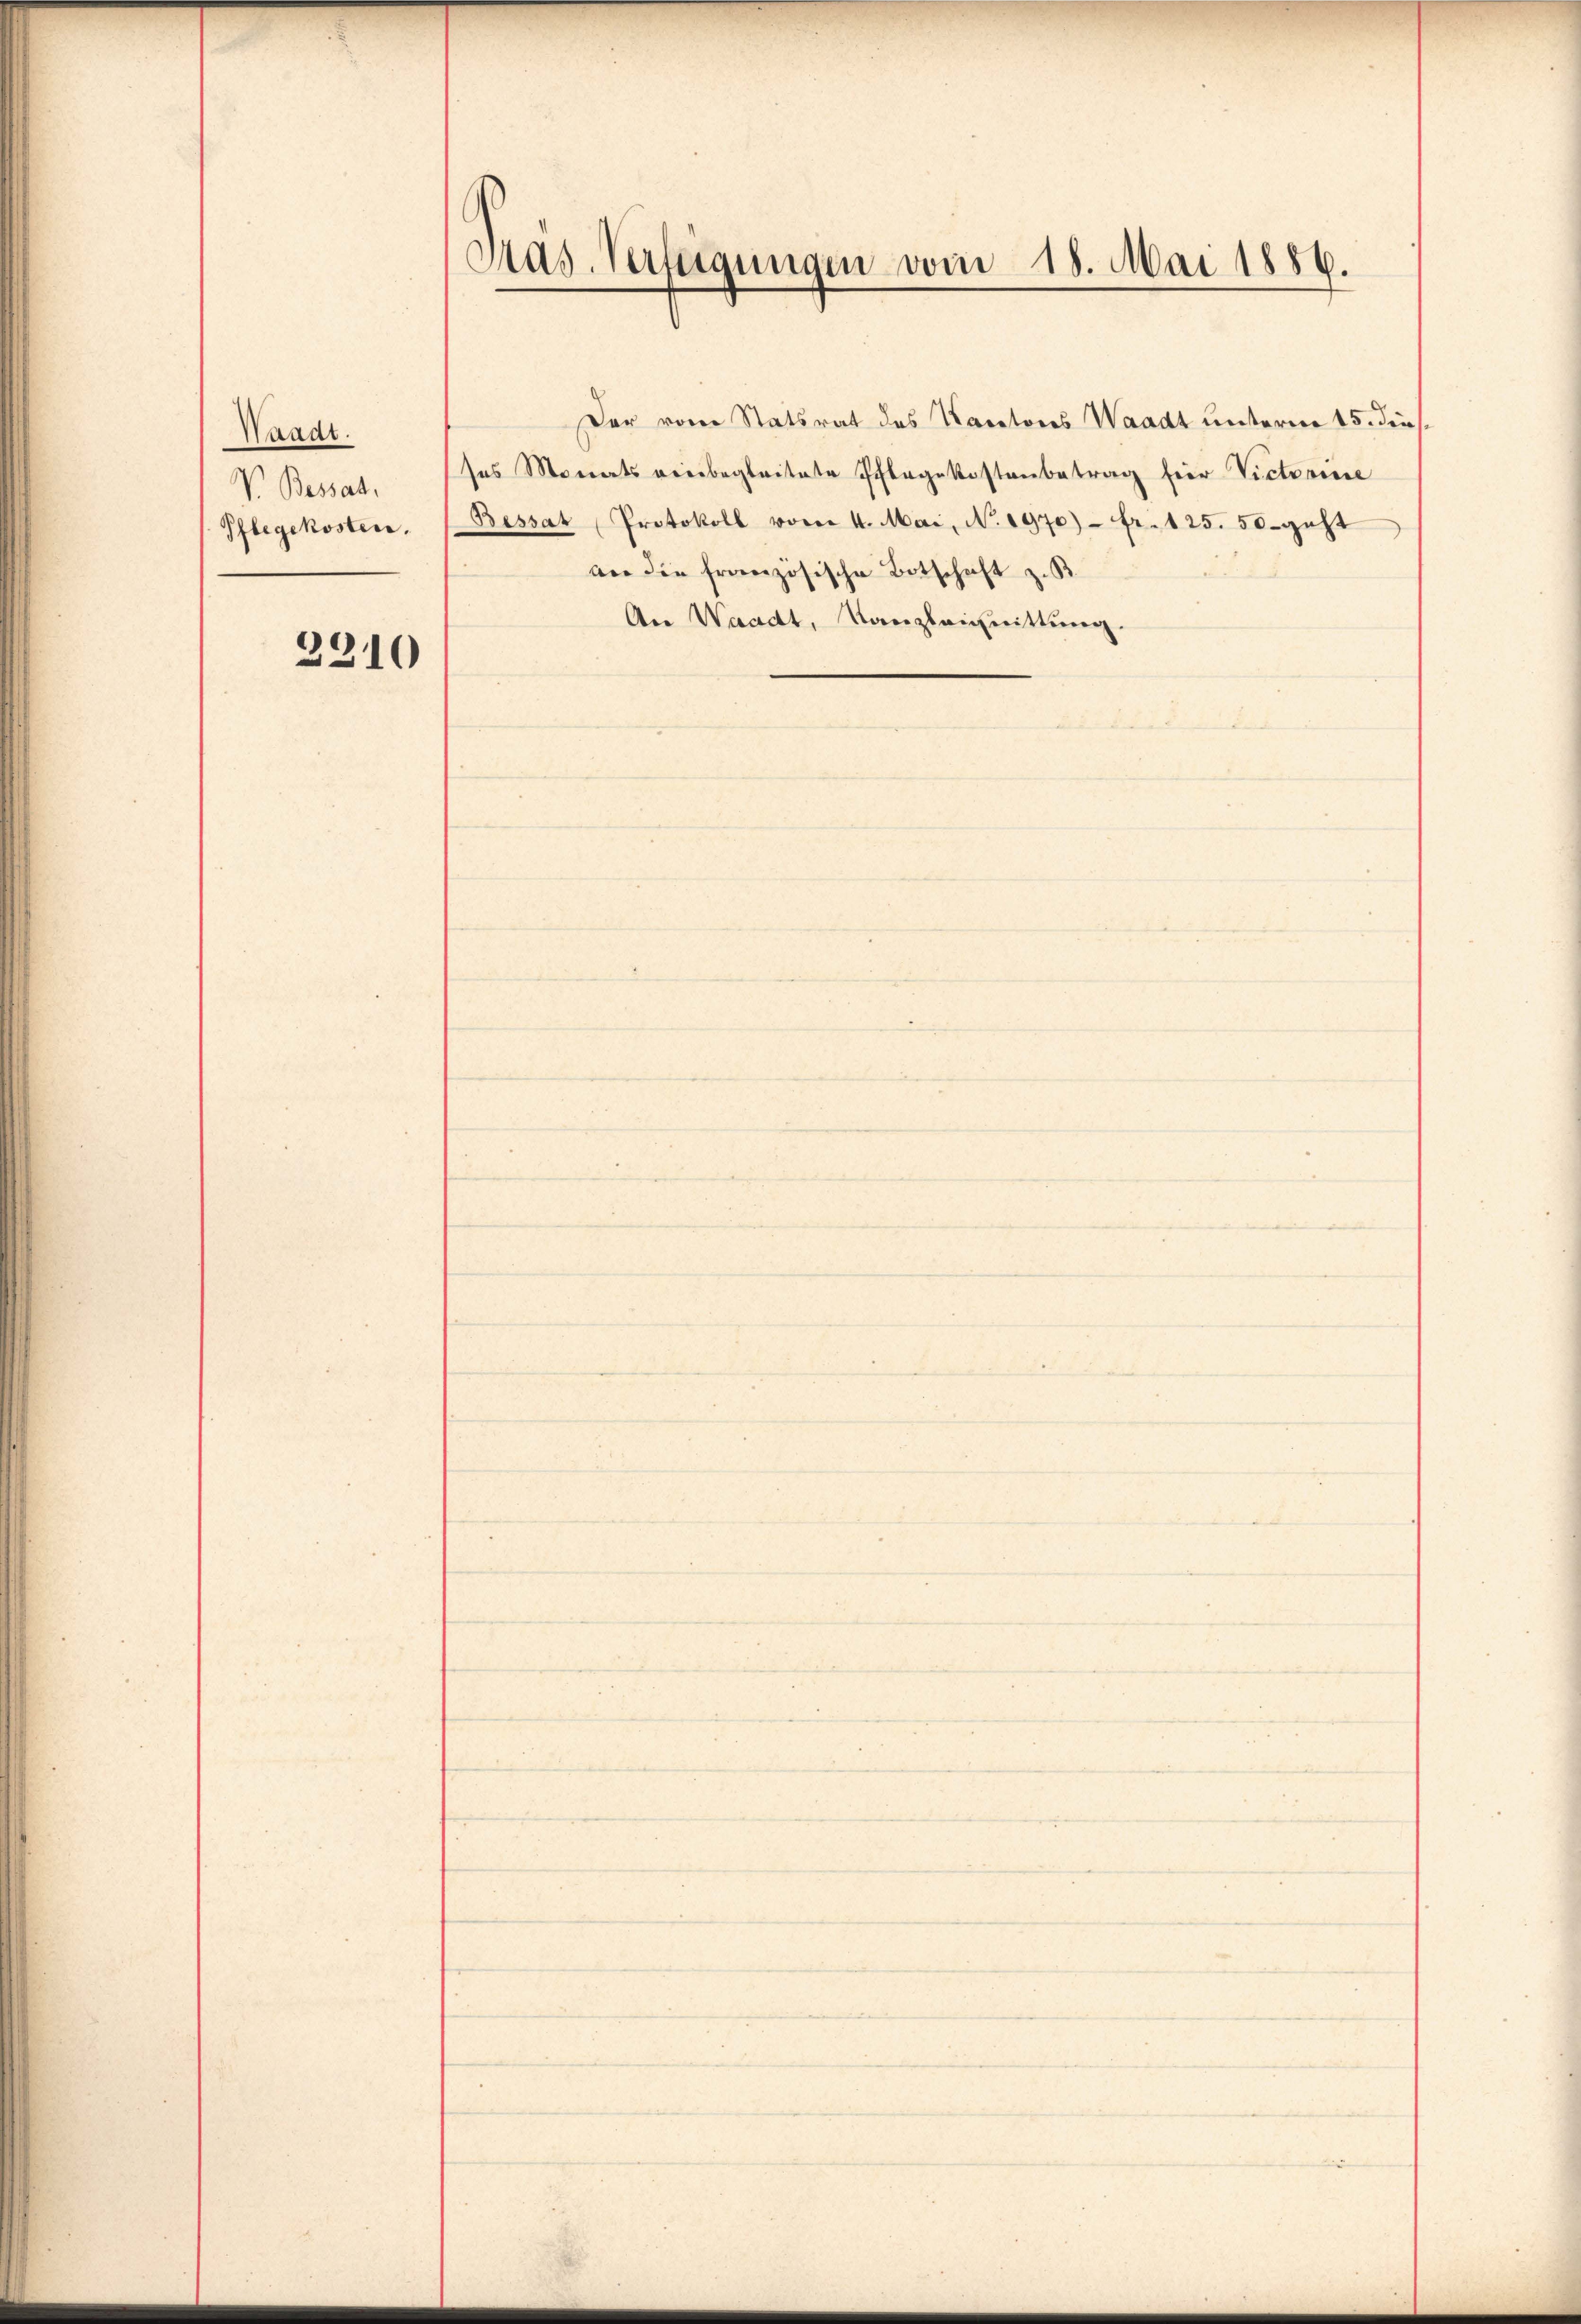
Waadt.
V. Bessat
Pflegekosten.

3310

Der vom Statsrat des Karatores Waadt unterm 15. diesses Monats reinbegleitete Pflegekostenbetrag für Victoriire
Bessat Protokoll vom 4. Mai, No. 1970) - fr. 125. 50. geht
an die französische Botschaft z. B.
An Waadt, Kanzleichnittung.

Pas-Verfügungen vom 18. Mai 1886.